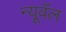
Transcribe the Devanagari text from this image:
न्यूवॅल